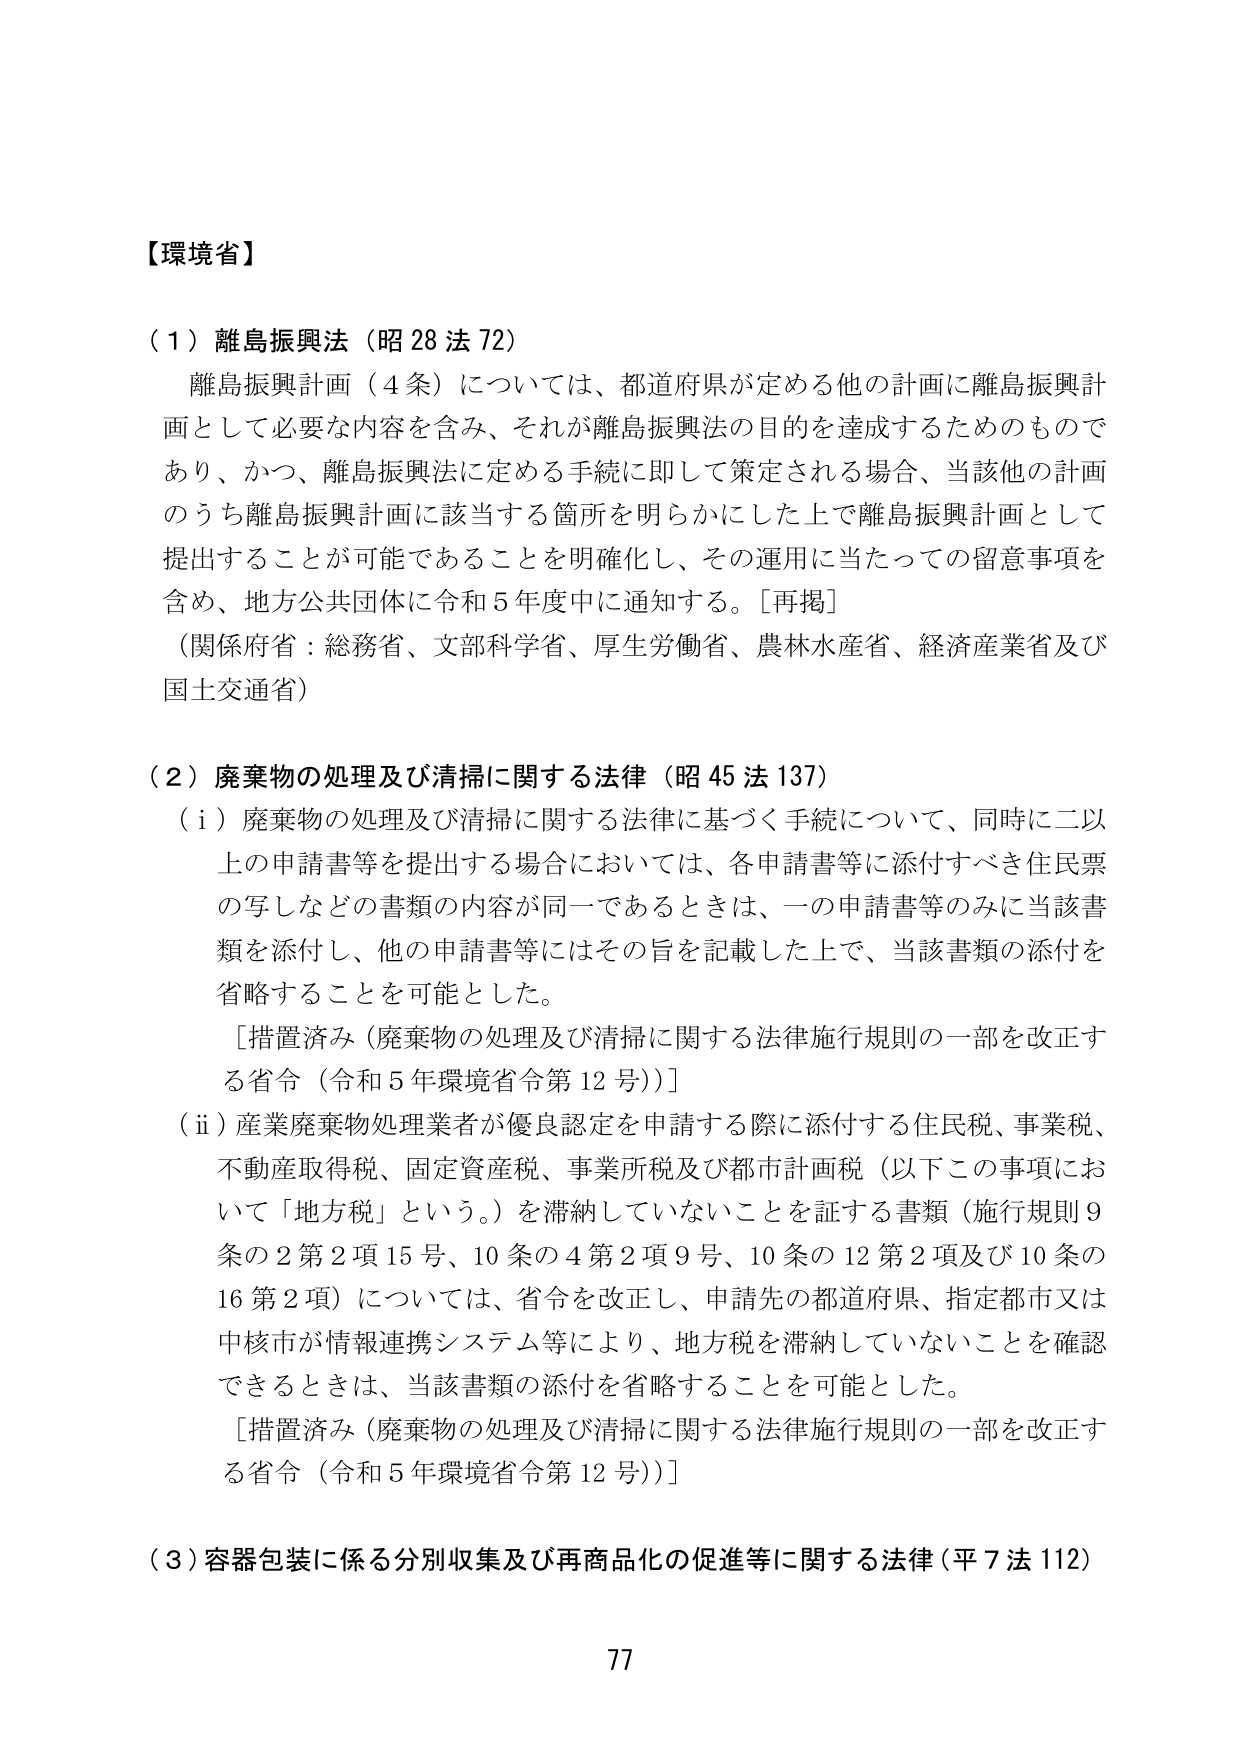
【環境省】

（１）離島振興法（昭28法72）

　離島振興計画（4条）については、都道府県が定める他の計画に離島振興計画として必要な内容を含み、それが離島振興法の目的を達成するためのものであり、かつ、離島振興法に定める手続に即して策定される場合、当該他の計画のうち離島振興計画に該当する箇所を明らかにした上で離島振興計画として提出することが可能であることを明確化し、その運用に当たっての留意事項を含め、地方公共団体に令和5年度中に通知する。［再掲］

（関係府省：総務省、文部科学省、厚生労働省、農林水産省、経済産業省及び国土交通省）

（２）廃棄物の処理及び清掃に関する法律（昭45法137）

　（i）廃棄物の処理及び清掃に関する法律に基づく手続について、同時に二以上の申請書等を提出する場合においては、各申請書等に添付すべき住民票の写しなどの書類の内容が同一であるときは、一の申請書等のみに当該書類を添付し、他の申請書等にはその旨を記載した上で、当該書類の添付を省略することを可能とした。

　［措置済み（廃棄物の処理及び清掃に関する法律施行規則の一部を改正する省令（令和5年環境省令第12号））］

　（ii）産業廃棄物処理業者が優良認定を申請する際に添付する住民税、事業税、不動産取得税、固定資産税、事業所税及び都市計画税（以下この事項において「地方税」という。）を滞納していないことを証する書類（施行規則9条の2第2項15号、10条の4第2項9号、10条の12第2項及び10条の16第2項）については、省令を改正し、申請先の都道府県、指定都市又は中核市が情報連携システム等により、地方税を滞納していないことを確認できるときは、当該書類の添付を省略することを可能とした。

　［措置済み（廃棄物の処理及び清掃に関する法律施行規則の一部を改正する省令（令和5年環境省令第12号））］

（３）容器包装に係る分別収集及び再商品化の促進等に関する法律（平7法112）

77